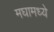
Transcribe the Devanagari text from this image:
मघामध्ये